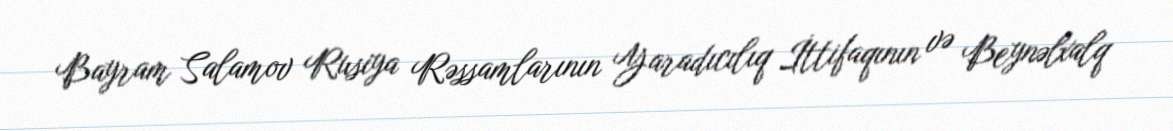
Bayram Salamov Rusiya Rəssamlarının Yaradıcılıq İttifaqının və Beynəlxalq